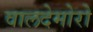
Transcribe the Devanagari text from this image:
वालदेमोरो